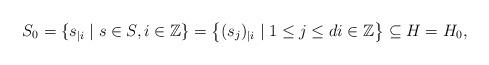
LaTeX: \begin{align*} S_0 = \{ s_{|i} \mid s \in S, i \in \mathbb{Z} \} = \left\{ (s_j)_{|i} \mid 1 \le j \le d i \in \mathbb{Z} \right\} \subseteq H = H_0, \end{align*}